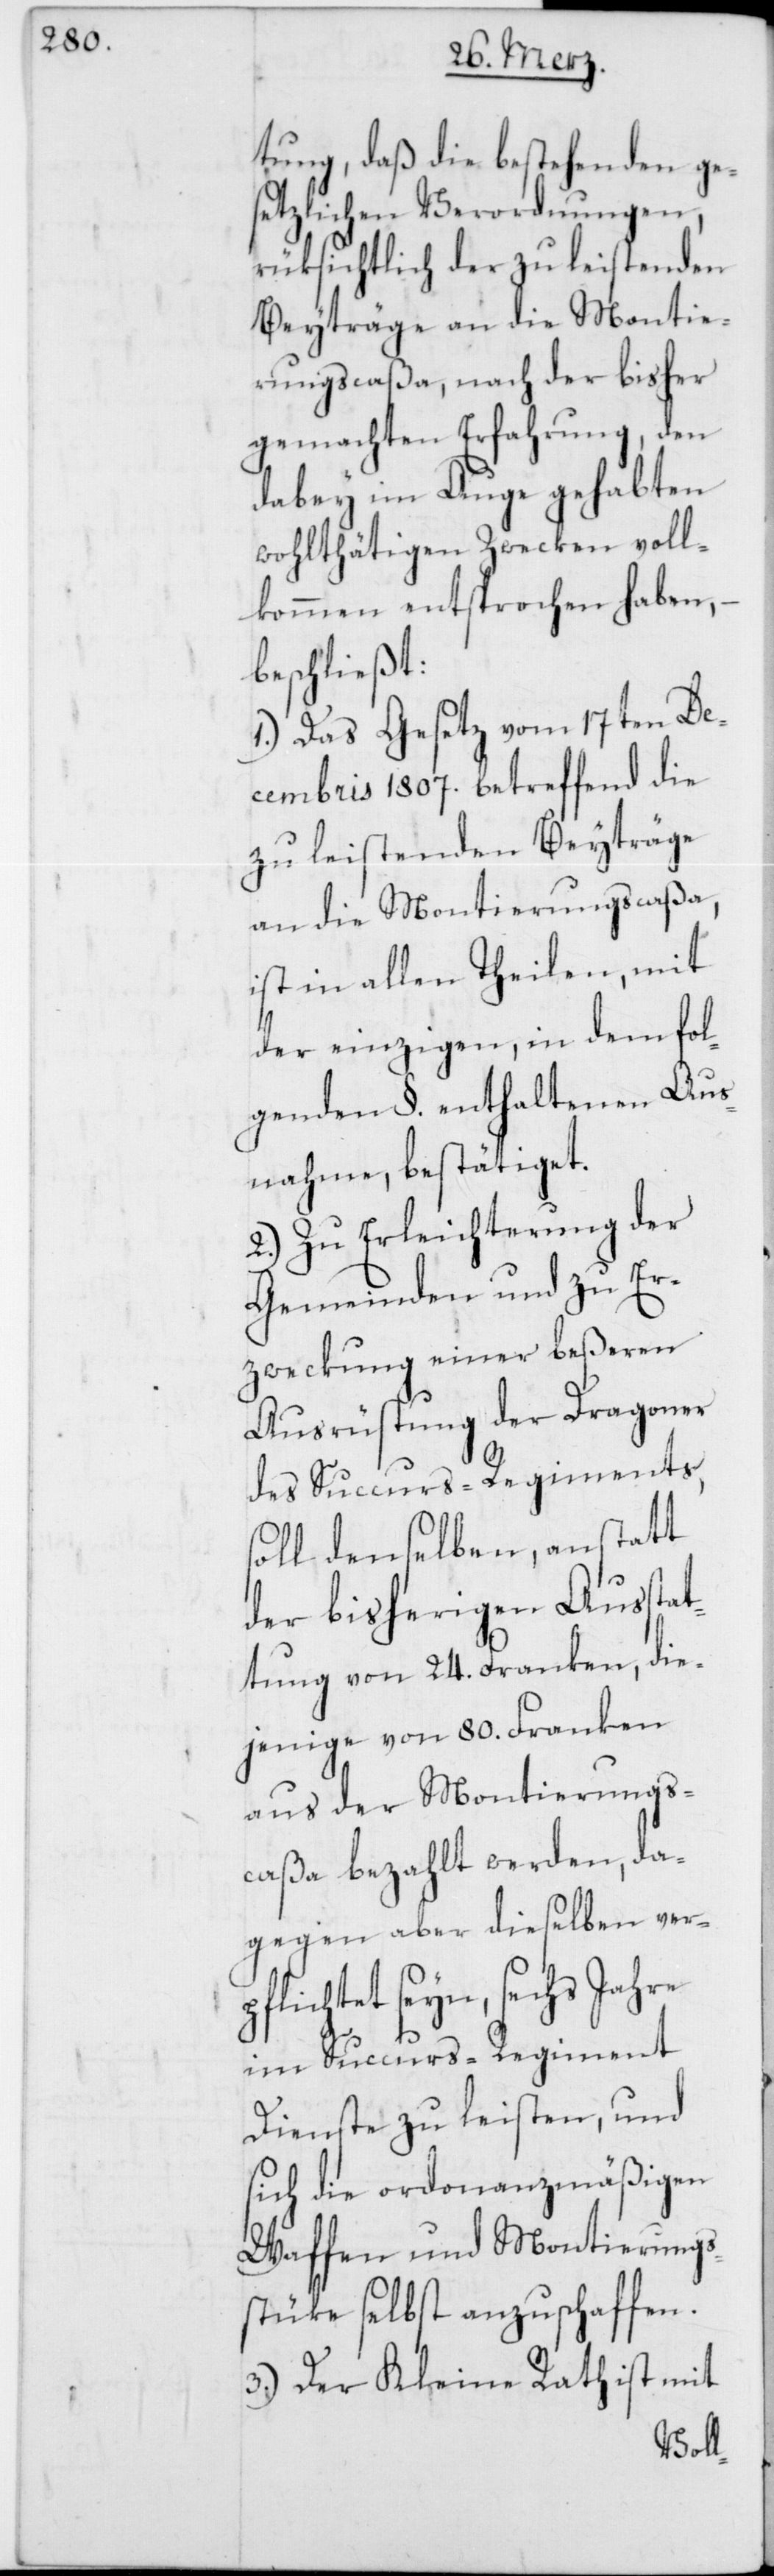
tung daß die bestehenden ges¬
etzlichen Verordnungen,
rüksichtlich der zu leistenden
Beyträge an die Montie¬
rungscaßa, nach der bisher
gemachten Erfahrung, den
dabey im Auge gehabten
wohlthätigen Zwecken voll¬
kommen entsprochen haben, –
beschließt:
1.) Das Gesetz vom 17ten De¬
cembris 1807. betreffend die
zu leistenden Beyträge
an die Montierungscaßa,
ist in allen Theilen, mit
der einzigen, in dem fol¬
genden §. enthaltenen Aus¬
nahme, bestätiget.
2.) Zu Erleichterung der
Gemeinden und zu Er¬
zweckung einer beßeren
Ausrüstung der Dragoner
des Succurs-Regiments,
soll denselben, anstatt
der bisherigen Ausstat¬
tung von 24. Franken, die¬
jenige von 80. Franken
aus der Montierungs¬
caßa bezahlt werden, da¬
gegen aber dieselben ver¬
pflichtet seyn, sechs Jahre
im Succurs-Regiment
Dienste zu leisten, und
sich die ordonnanzmäßigen
Waffen und Montierungs¬
stüke selbst anzuschaffen.
3.) Der Kleine Rath ist mit